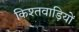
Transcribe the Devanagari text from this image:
किश्तवाड़ियों